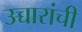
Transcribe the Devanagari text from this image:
उच्चारांची